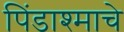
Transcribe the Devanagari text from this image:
पिंडाश्माचे